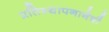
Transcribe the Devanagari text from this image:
प्रतिस्थापनानेची